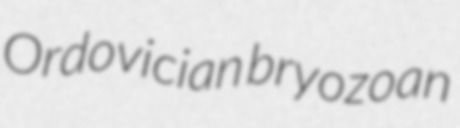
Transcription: Ordovician bryozoan